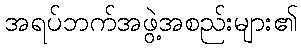
အရပ်ဘက်အဖွဲ့အစည်းများ၏